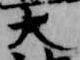
大